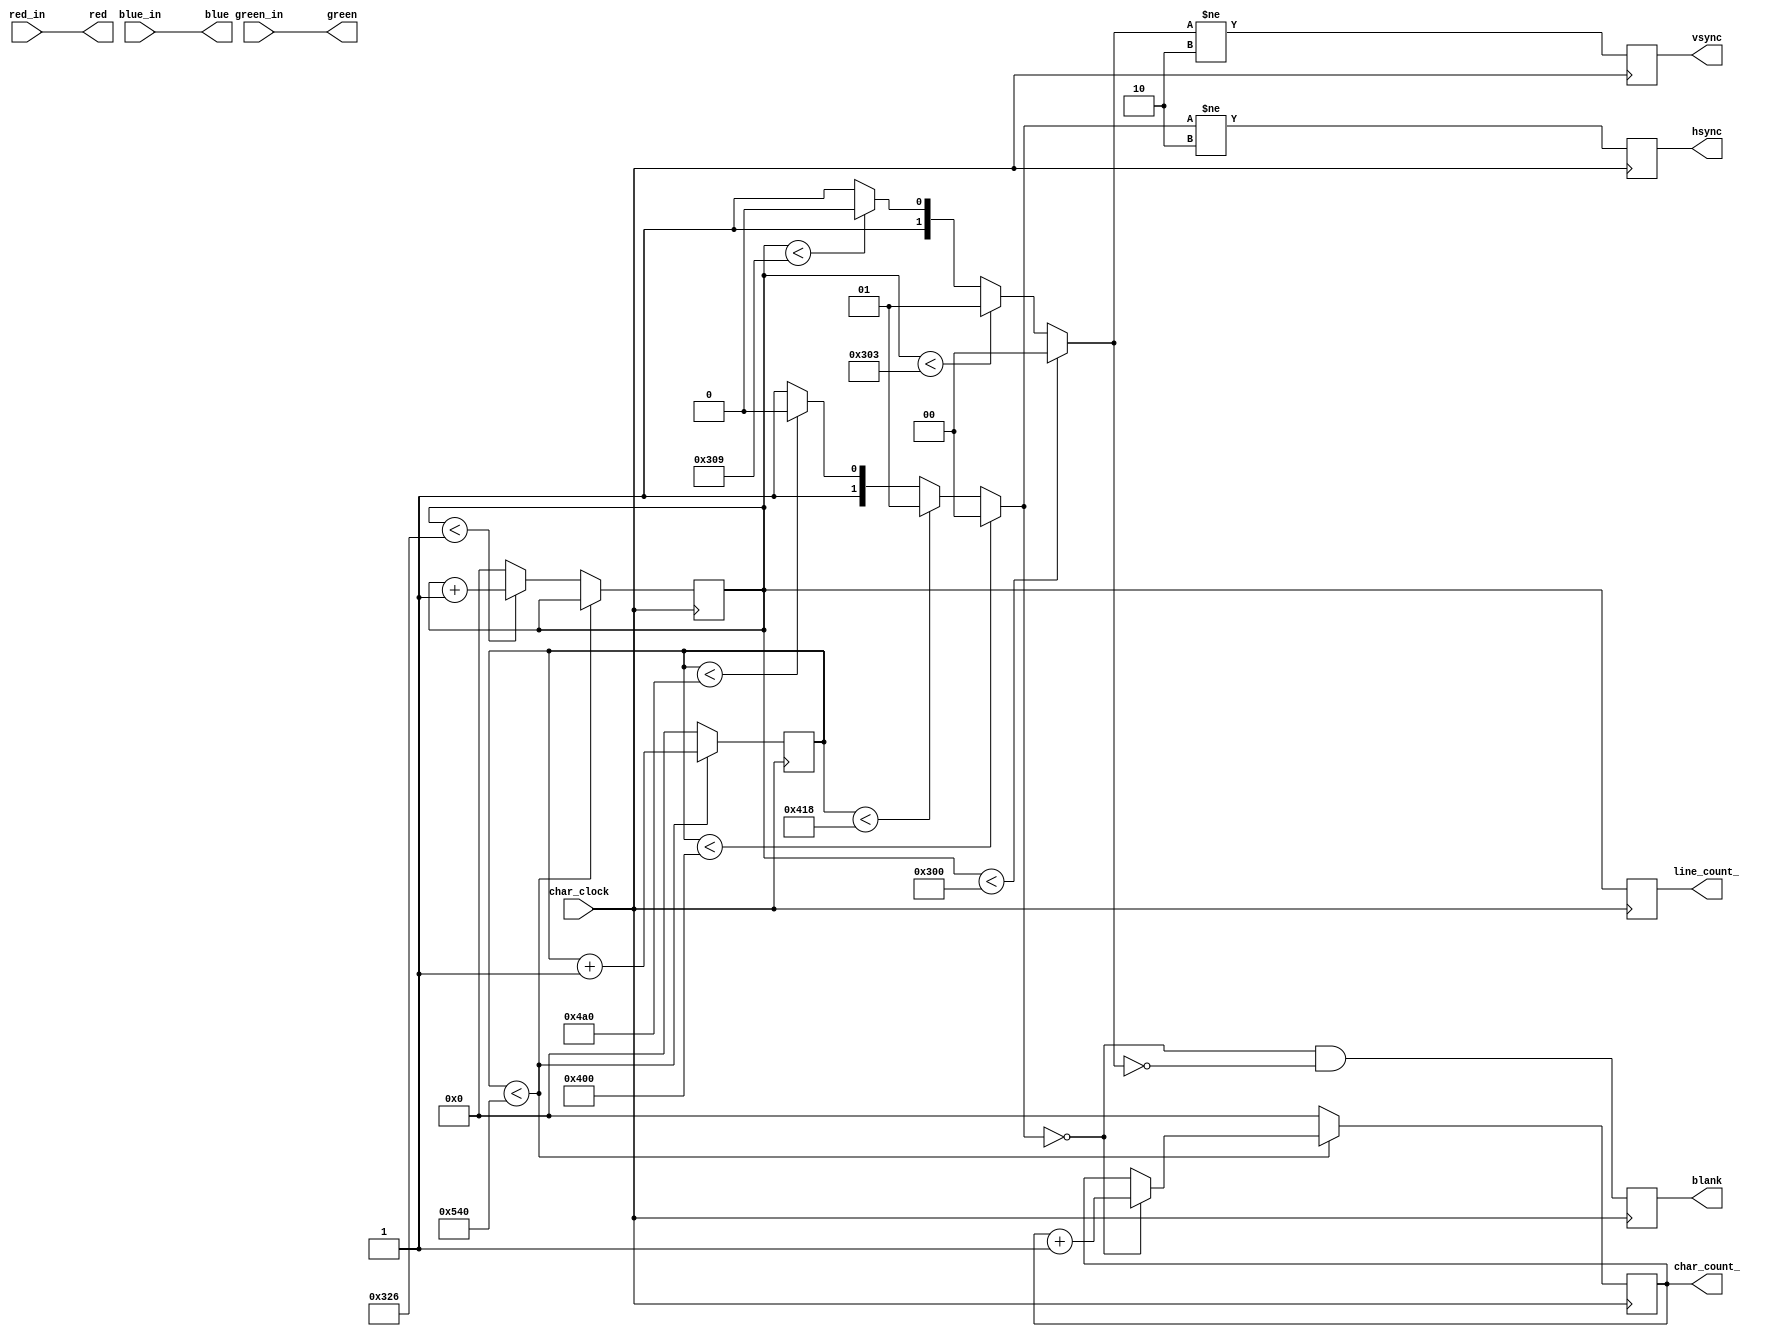
module hvsync_ex(
	// inputs:
	input wire char_clock,

	input wire [3:0]red_in,
	input wire [3:0]green_in,
	input wire [3:0]blue_in,
		 
	// outputs:
	output reg [11:0]char_count_, //post reg
	output reg [11:0]line_count_, //post reg
		
	output wire [3:0]red,
	output wire [3:0]green,
	output wire [3:0]blue,
		
	output reg hsync,
	output reg vsync,
	output reg blank
	);
 
//VGA Standart
`define h_visible_area  1024
`define h_front_porch   24
`define h_sync_pulse    136
`define h_back_porch    160
 
`define v_visible_area  768
`define v_front_porch   3
`define v_sync_pulse    6
`define v_back_porch    29
 
//variables
reg [11:0]char_count;
reg [1:0]pixel_state;
reg [11:0]line_count;
reg [1:0]line_state;
 
reg end_of_line;
reg end_of_frame;
 
//permanent comb computations:
always @*
begin
    //horizontal processing
    if(char_count < `h_visible_area)
        pixel_state = 0; //active video
    else
    if(char_count < `h_visible_area + `h_front_porch)
        pixel_state = 1; //front porch
    else
    if(char_count < `h_visible_area + `h_front_porch + `h_sync_pulse)
        pixel_state = 2; //hsync impuls
    else
        pixel_state = 3; //back porch
 
    if(char_count < `h_visible_area + `h_front_porch + `h_sync_pulse + `h_back_porch)
        end_of_line = 0;
    else
        end_of_line = 1;
 
    //vert processing
    if(line_count < `v_visible_area)
        line_state = 0; //active video lines
    else
    if(line_count < `v_visible_area + `v_front_porch)
        line_state = 1; //front porch
    else
    if(line_count < `v_visible_area + `v_front_porch + `v_sync_pulse)
        line_state = 2; //vsync impuls
    else
        line_state = 3; //front porch
 
    if(line_count < `v_visible_area + `v_front_porch + `v_sync_pulse + `v_back_porch)
        end_of_frame = 0;
    else
        end_of_frame = 1;            
end
 
//synchronous process
always @(posedge char_clock)
begin
    hsync <= (pixel_state!=2'b10);
    vsync <= (line_state!=2'b10);
    blank <= (pixel_state==2'b0 && line_state==2'b0);
 
    //char_count_ <= char_count;
    line_count_ <= line_count;
 
    if(end_of_line)
    begin
        char_count <= 0;
        char_count_ <= 0;
 
        if(end_of_frame)
            line_count <= 0;
        else
            line_count <= line_count + 1'b1;
    end
    else
    begin
        char_count <= char_count + 1'b1;
        if (pixel_state==2'b0)
			char_count_ <= char_count_ + 1'b1;
    end
end

assign red = red_in;
assign green = green_in;
assign blue = blue_in;
 
endmodule